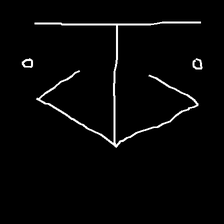
Glyph: earth